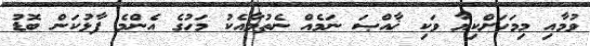
ވުމާއި މިމަހަށްކިޔާ ވަކި ޚާއްޞަ ނަމެއް ނެތުމާއެކު މަހުގެ އެންމެ ފާޅުކަން ބޮޑު